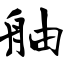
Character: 舳